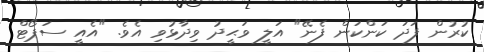
ކުރުން ފަދަ ކަންކަން ފެނޭ" އަލީ ވަޙީދު ވިދާޅުވި އެވެ. "އެއީ ސަޕޯޓް